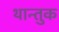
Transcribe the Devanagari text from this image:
थान्तुक